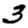
Digit: 3